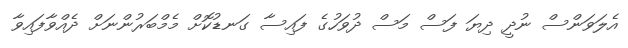
އެލަވަންސް ނުދީ ދިޔަ ފަސް މަސް ދުވަހުގެ ފައިސާ ގަނޑުކޮށް މެމްބަރުންނަށް ދެއްވާފައިވާ